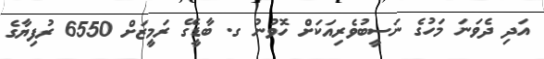
އަދި ދެވަނަ މަހުގެ ނަސީބުވެރިއަކަށް ހޮވުނު ގ. ބާޑީގޭ ރަމީޒަށް 6550 ރުފިޔާގެ